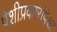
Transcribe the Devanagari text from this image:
पेशीप्रकारांपेक्षा